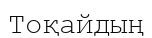
Тоқайдың